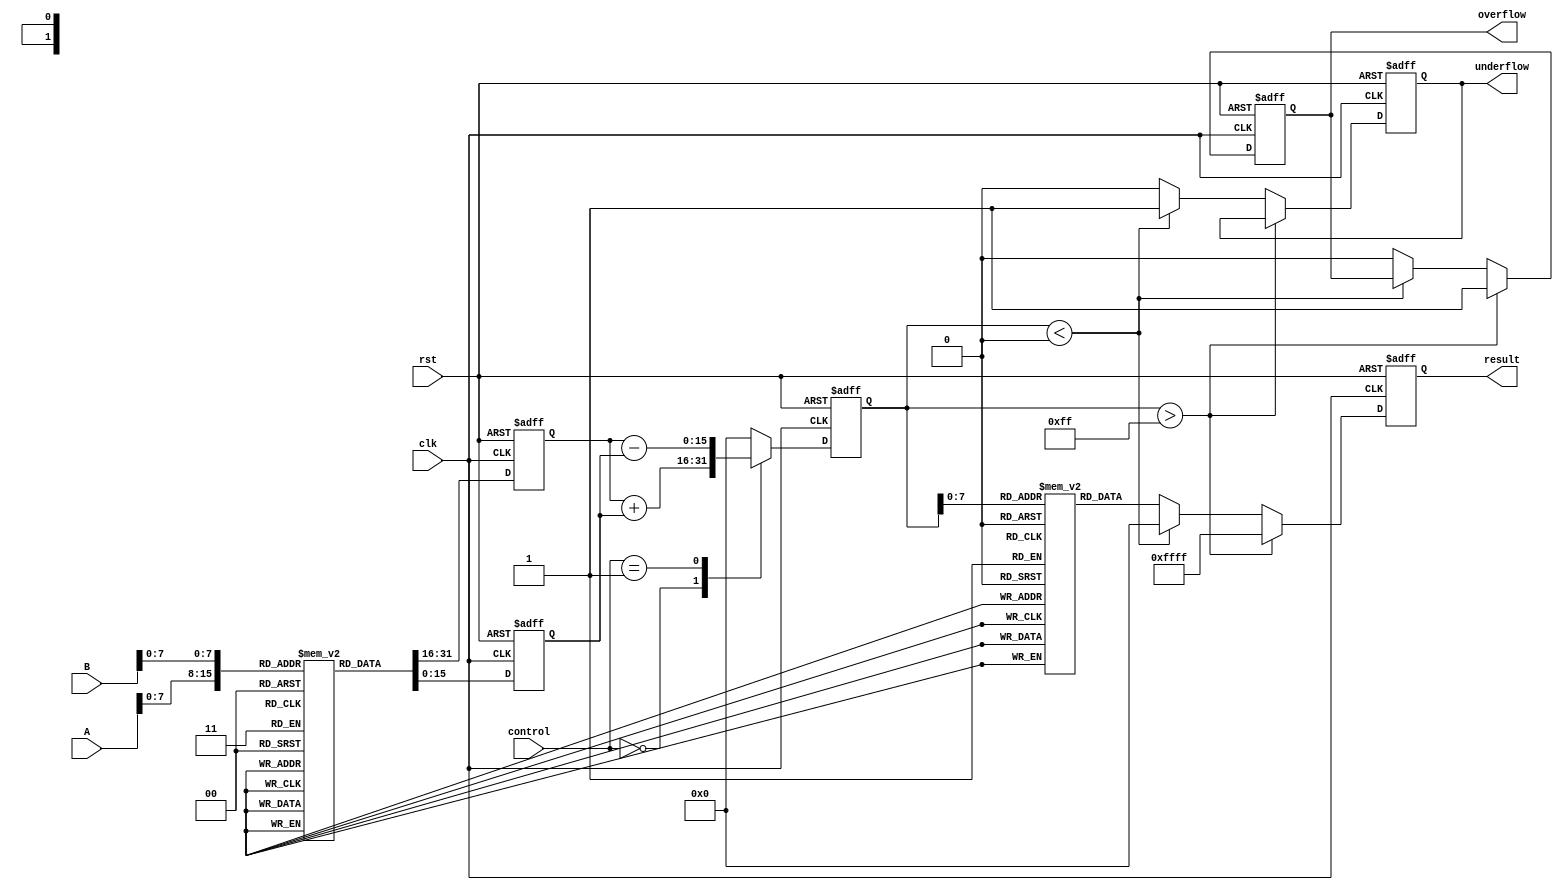
module LogarithmBasedDSPU (
    input wire [15:0] A,         // Input A
    input wire [15:0] B,         // Input B
    input wire [1:0] control,    // Control signal: 00 - Multiply, 01 - Divide
    input wire clk,              // Clock signal
    input wire rst,              // Reset signal
    output reg [15:0] result,    // Output result
    output reg overflow,         // Overflow flag
    output reg underflow         // Underflow flag
);

// Logarithm and Exponential LUTs (for demonstration purposes)
reg [15:0] log_lut [0:255]; // LUT for log values
reg [15:0] exp_lut [0:255]; // LUT for exp values

// Initialize LUTs (this should be filled with actual log and exp values)
initial begin
    // Fill log_lut and exp_lut with appropriate values
    // Example: log_lut[0] = 0, log_lut[1] = 0, ..., log_lut[255] = log(255)
    // Example: exp_lut[0] = 1, exp_lut[1] = 2, ..., exp_lut[255] = exp(255)
end

// Logarithm Block
reg [15:0] logA, logB;

always @(posedge clk or posedge rst) begin
    if (rst) begin
        logA <= 0;
        logB <= 0;
    end else begin
        logA <= log_lut[A[7:0]]; // Assuming A is in the range [0, 255]
        logB <= log_lut[B[7:0]]; // Assuming B is in the range [0, 255]
    end
end

// Arithmetic Unit
reg [15:0] logResult;

always @(posedge clk or posedge rst) begin
    if (rst) begin
        logResult <= 0;
    end else begin
        case (control)
            2'b00: logResult <= logA + logB; // Multiplication
            2'b01: logResult <= logA - logB; // Division
            default: logResult <= 0;
        endcase
    end
end

// Exponential Block
always @(posedge clk or posedge rst) begin
    if (rst) begin
        result <= 0;
        overflow <= 0;
        underflow <= 0;
    end else begin
        // Check for overflow/underflow conditions
        if (logResult > 255) begin
            overflow <= 1;
            result <= 16'hFFFF; // Max value
        end else if (logResult < 0) begin
            underflow <= 1;
            result <= 16'h0000; // Min value
        end else begin
            overflow <= 0;
            underflow <= 0;
            result <= exp_lut[logResult[7:0]]; // Convert back to linear domain
        end
    end
end

endmodule